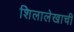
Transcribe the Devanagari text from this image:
शिलालेखाची